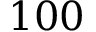
1 0 0